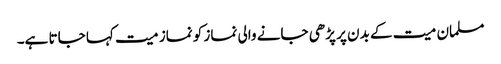
مسلمان میت کے بدن پر پڑھی جانے والی نماز کو نماز میت کہا جاتا ہے۔